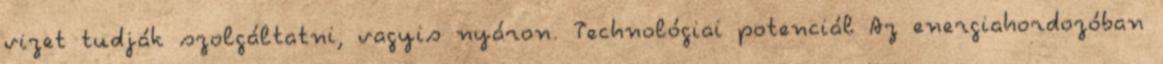
vizet tudják szolgáltatni, vagyis nyáron. Technológiai potenciál Az energiahordozóban